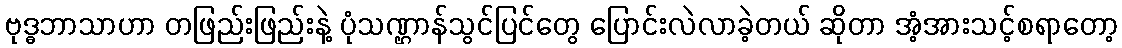
ဗုဒ္ဓဘာသာဟာ တဖြည်းဖြည်းနဲ့ ပုံသဏ္ဌာန်သွင်ပြင်တွေ ပြောင်းလဲလာခဲ့တယ် ဆိုတာ အံ့အားသင့်စရာတော့